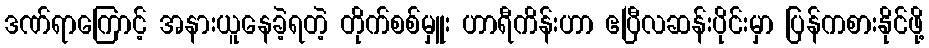
ဒဏ်ရာကြောင့် အနားယူနေခဲ့ရတဲ့ တိုက်စစ်မှူး ဟာရီကိန်းဟာ ဧပြီလဆန်းပိုင်းမှာ ပြန်ကစားနိုင်ဖို့